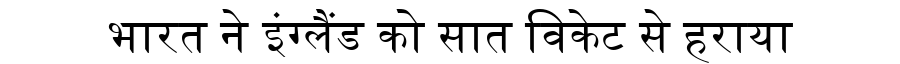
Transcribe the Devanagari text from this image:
भारत ने इंग्लैंड को सात विकेट से हराया